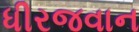
ધીરજવાન